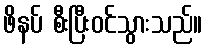
ဖိနပ် စီးပြီးဝင်သွားသည်။